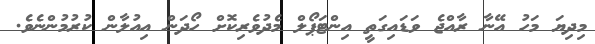
މިދިޔަ މަހު އޭނާ ރާއްޖެ ވަޑައިގަތީ އިންޓަޕޯލް މެދުވެރިކޮށް ހޯދަން އިއުލާން ކުރުމުންނެވެ.